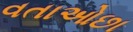
વતાઓછા